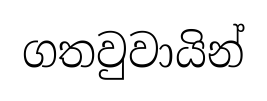
ගතවුවායින්